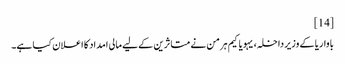
[14]
باواریا کے وزیر داخلہ، یہویاکیم ہرمن نے متاثرین کے لیے مالی امداد کا اعلان کیا ہے۔